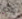
لندي